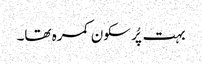
بہت پُر سکون کمرہ تھا۔